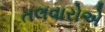
તલવારોએ